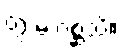
တွံ မံ ဂစ္ဆသိ။